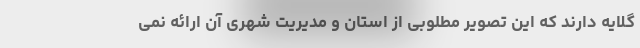
گلایه دارند که این تصویر مطلوبی از استان و مدیریت شهری آن ارائه نمی